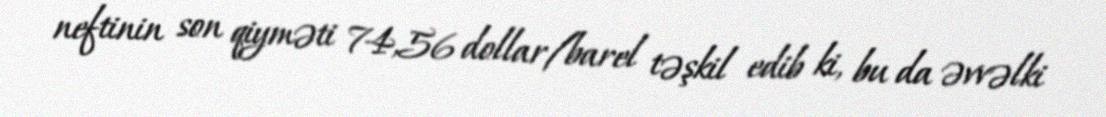
neftinin son qiyməti 74,56 dollar/barel təşkil edib ki, bu da əvvəlki